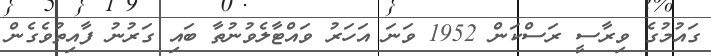
ގައުމުގެ ވިރާސީ ރަސްކަން 1952 ވަނަ އަހަރު ވައްޓާލެވުނުތާ ބައި ގަރުނު ފާއިތުވެގެން